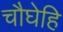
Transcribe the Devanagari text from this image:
चौघेहि